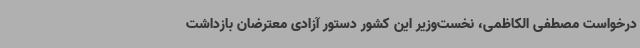
درخواست مصطفی الکاظمی، نخست‌وزیر این کشور دستور آزادی معترضان بازداشت